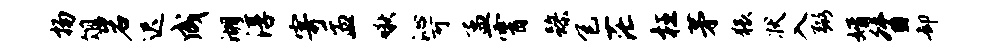
扬俎岩迟成湖淳寄盂啾沁可孟霄躁包茫枉茅猥状入弼婿督却